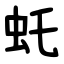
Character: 虴